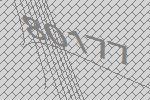
80177